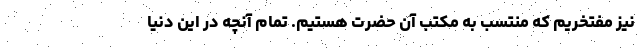
نیز مفتخریم که منتسب به مکتب آن حضرت هستیم. تمام آنچه در این دنیا